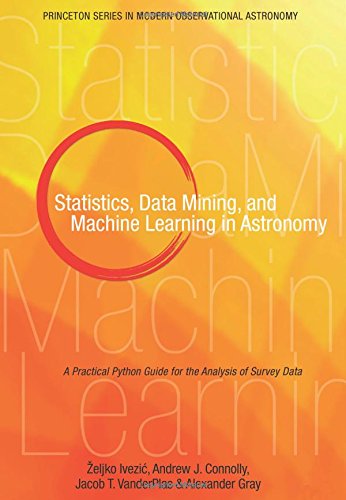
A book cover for Statistics, Data Mining, and Machine Learning in Astronomy: A Practical Python Guide for the Analysis of Survey Data (Princeton Series in Modern Observational Astronomy); Zeljko Ivezic; Computers & Technology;